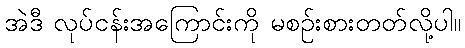
အဲဒီ လုပ်ငန်းအကြောင်းကို မစဉ်းစားတတ်လို့ပါ။